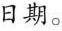
日期。